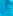
أن